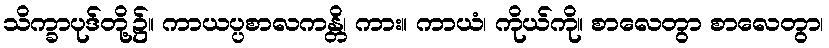
သိက္ခာပုဒ်တို့၌။ ကာယပ္ပစာလကန္တိ၊ ကား။ ကာယံ၊ ကိုယ်ကို။ စာလေတွာ စာလေတွာ၊